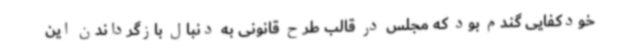
خودکفایی گندم بود که مجلس در قالب طرح قانونی به دنبال بازگرداندن این